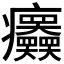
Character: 𤼤